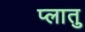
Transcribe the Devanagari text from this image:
प्लातु